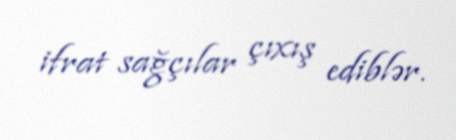
ifrat sağçılar çıxış ediblər.